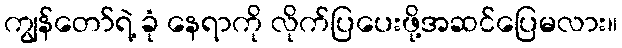
ကျွန်တော်ရဲ့ ခုံ နေရာကို လိုက်ပြပေးဖို့အဆင်ပြေမလား။